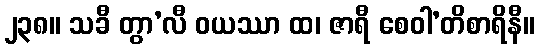
၂၃၈။ သခီ တွာ’လီ ဝယဿာ ထ၊ ဇာရီ စေဝါ’တိစာရိနီ။